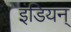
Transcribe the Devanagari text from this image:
इंडियन्